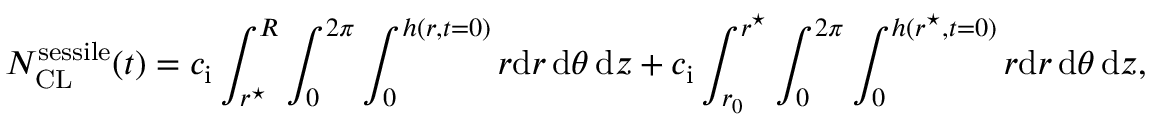
N _ { \mathrm { C L } } ^ { \mathrm { s e s s i l e } } ( t ) = c _ { \mathrm { i } } \int _ { r ^ { \star } } ^ { R } \int _ { 0 } ^ { 2 \pi } \int _ { 0 } ^ { h ( r , t = 0 ) } r \mathrm { d } r \, \mathrm { d } \theta \, \mathrm { d } z + c _ { \mathrm { i } } \int _ { r _ { 0 } } ^ { r ^ { \star } } \int _ { 0 } ^ { 2 \pi } \int _ { 0 } ^ { h ( r ^ { \star } , t = 0 ) } r \mathrm { d } r \, \mathrm { d } \theta \, \mathrm { d } z ,